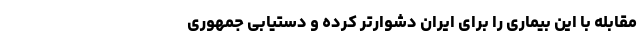
مقابله با این بیماری را برای ایران دشوارتر کرده و دستیابی جمهوری